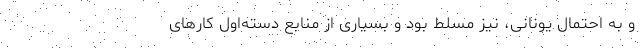
و به‌ احتمال یونانی، نیز مسلّط بود و بسیاری از منابع دسته‌اولِ کارهای